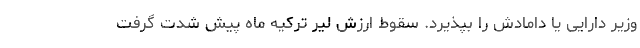
وزیر دارایی یا دامادش را بپذیرد. سقوط ارزش لیر ترکیه ماه پیش شدت گرفت